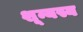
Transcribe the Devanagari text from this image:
शून्यस्य